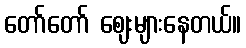
တော်တော် ဈေးများနေတယ်။